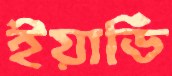
ইয়ার্ডি